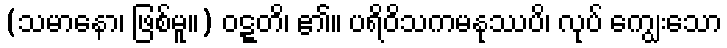
(သမာနော၊ ဖြစ်မူ။) ဝဋ္ဋတိ၊ ၏။ ပရိဝိသကမနုဿပိ၊ လုပ် ကျွေးသော